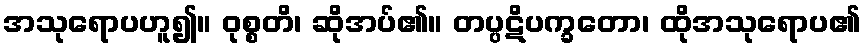
အသုရောပဟူ၍။ ဝုစ္စတိ၊ ဆိုအပ်၏။ တပ္ပဋိပက္ခတော၊ ထိုအသုရောပ၏